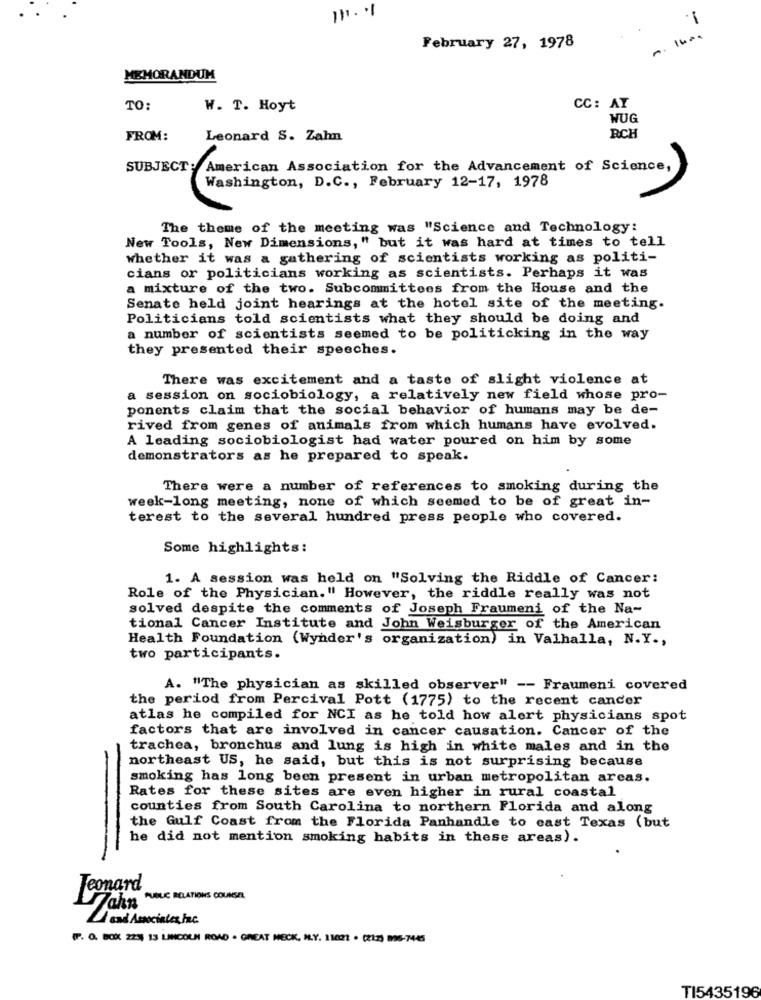
111. 11
.1
1 ...
February 27, 1978
MEMORANDUM
TO:
W. T. Hoyt
CC: AT
WUG
FROM:
Leonard S. Zahn
RCH
SUBJECT: American Association for the Advancement of Science,
Washington, D.C ., February 12-17, 1978
The theme of the meeting was "Science and Technology:
New Tools, New Dimensions," but it was hard at times to tell
whether it was a gathering of scientists working as politi-
cians or politicians working as scientists. Perhaps it was
a mixture of the two. Subcommittees from the House and the
Senate held joint hearings at the hotel site of the meeting.
Politicians told scientists what they should be doing and
a number of scientists seemed to be politicking in the way
they presented their speeches.
There was excitement and a taste of slight violence at
a session on sociobiology, a relatively new field whose pro-
ponents claim that the social behavior of humans may be de-
rived from genes of animals from which humans have evolved.
A leading sociobiologist had water poured on him by some
demonstrators as he prepared to speak.
There were a number of references to smoking during the
week-long meeting, none of which seemed to be of great in-
terest to the several hundred press people who covered.
Some highlights:
1. A session was held on "Solving the Riddle of Cancer:
Role of the Physician." However, the riddle really was not
solved despite the comments of Joseph Fraumeni of the Na-
tional Cancer Institute and John Weisburger of the American
Health Foundation (Wynder's organization) in Valhalla, N.Y .,
two participants.
A. "The physician as skilled observer" -- Fraumeni covered
the period from Percival Pott (1775) to the recent cancer
atlas he compiled for NCI as he told how alert physicians spot
factors that are involved in cancer causation. Cancer of the
trachea, bronchus and lung is high in white males and in the
northeast US, he said, but this is not surprising because
smoking has long been present in urban metropolitan areas.
Rates for these sites are even higher in rural coastal
counties from South Carolina to northern Florida and along
the Gulf Coast from the Florida Panhandle to cast Texas (but
he did not mention smoking habits in these areas).
Jeonard
Taky PUBLIC RELATIONS COUNSEL
and Associates Inc.
(P. O. BOX 229) 13 LINCOLN ROAD . GREAT NECK, N.Y. 11021 . (212) 896-7445
TI5435196